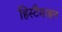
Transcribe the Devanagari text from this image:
हिस्टैमाइन